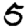
Digit: 5